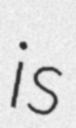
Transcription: is